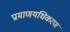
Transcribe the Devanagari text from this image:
प्रामाणयधिकरण